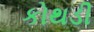
કોથડી